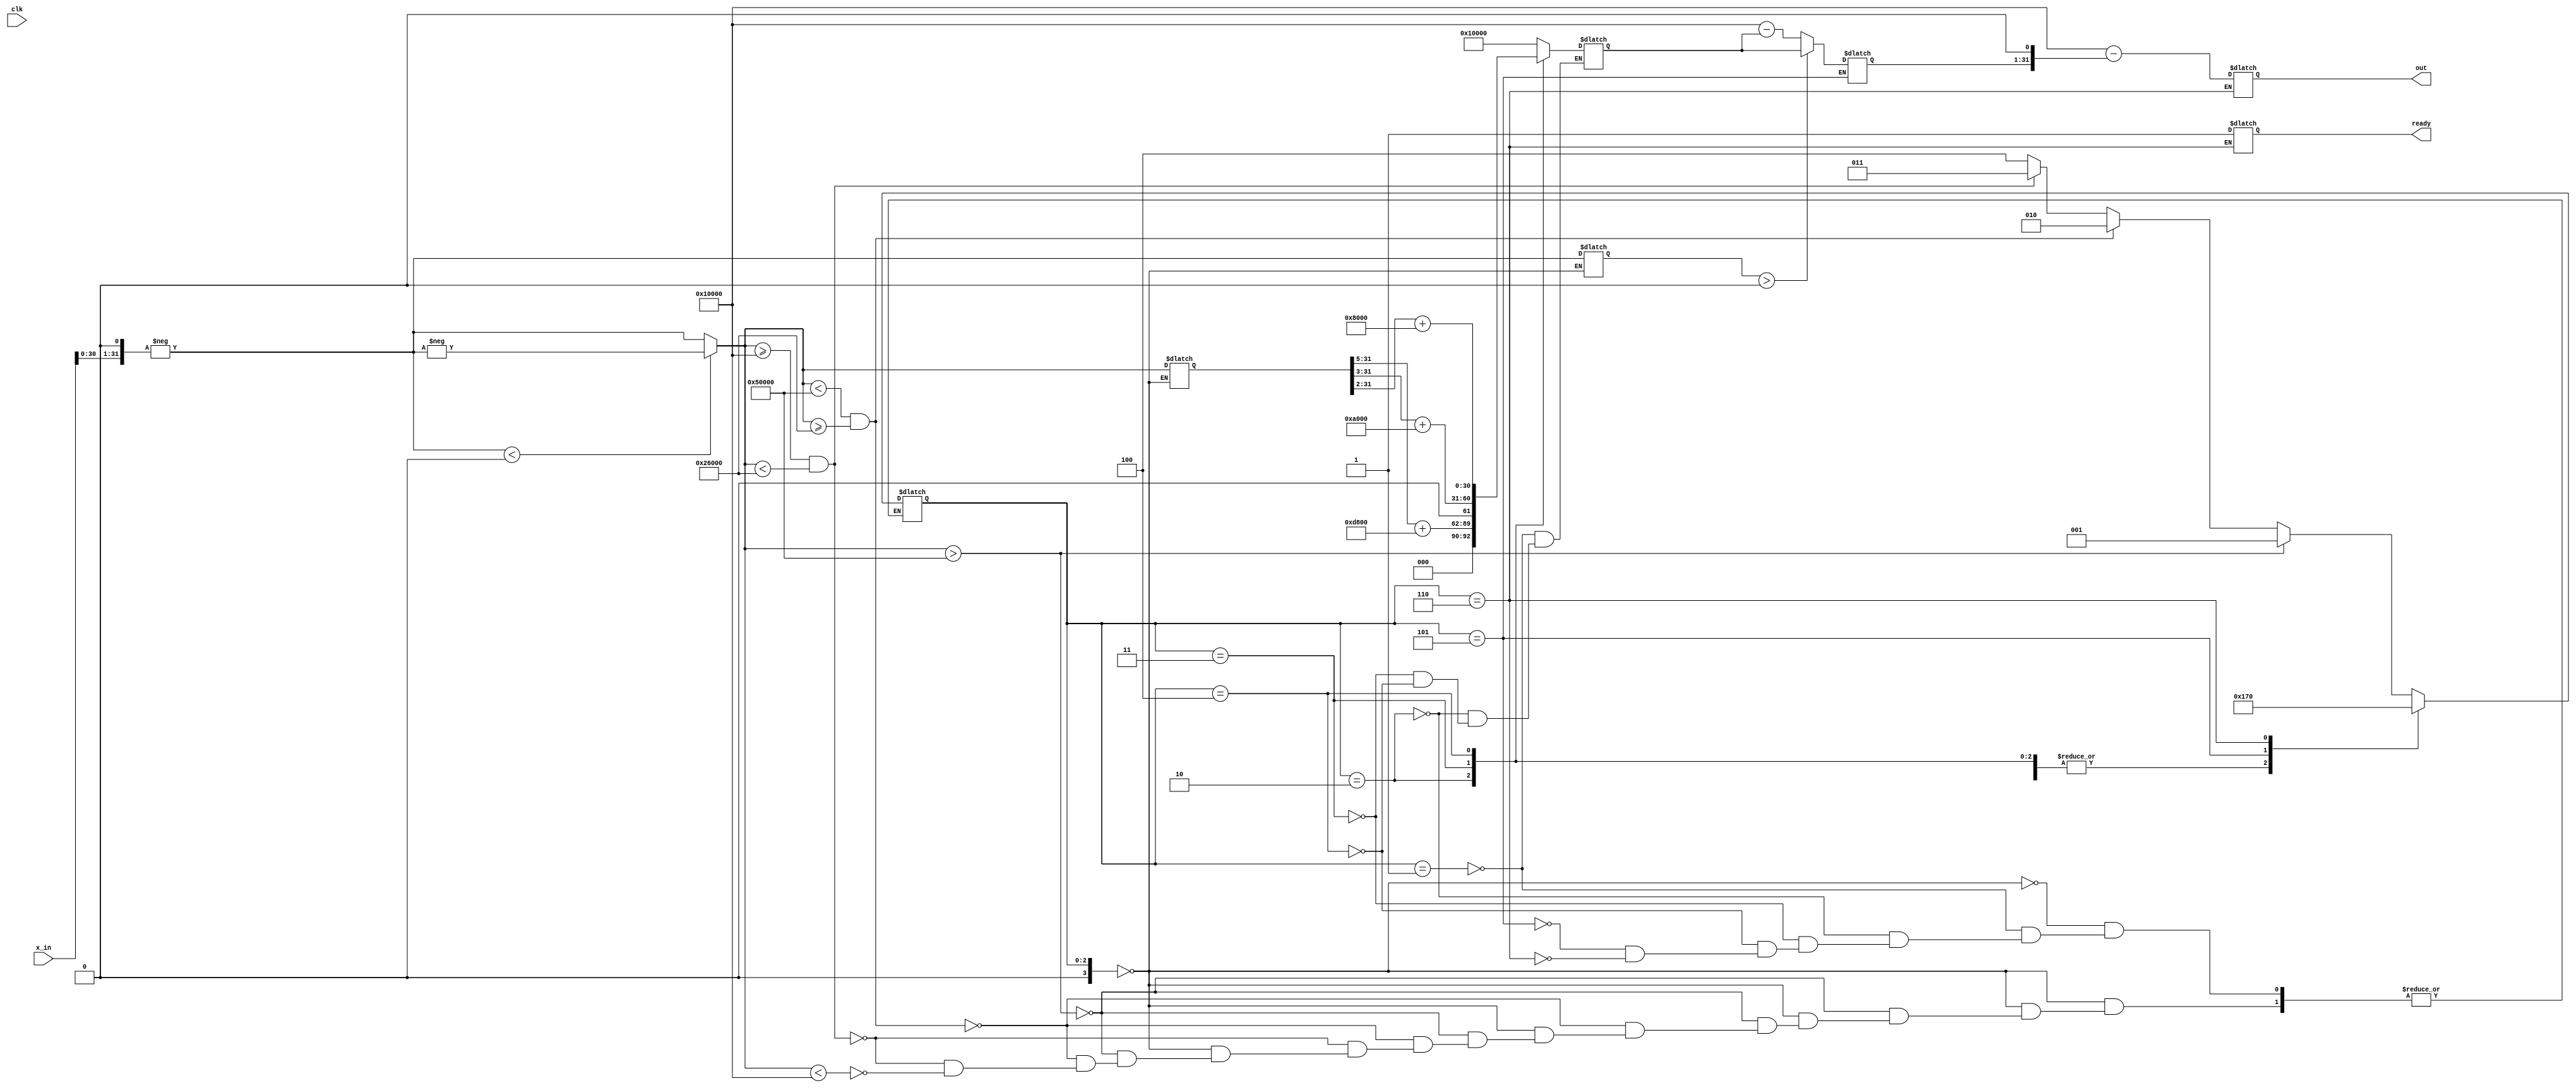
/*
 * Copyright (c) 2022, SPAR-Internal
 * All rights reserved.
 * 
 * Permission is hereby granted, free of charge, to any person obtaining a copy of
 * this software and associated documentation files (the "Software"), to deal in
 * the Software without restriction, including without limitation the rights to
 * use, copy, modify, merge, publish, distribute, sublicense, and/or sell copies
 * of the Software, and to permit persons to whom the Software is furnished to do
 * so, subject to the following conditions:
 * 
 * The above copyright notice and this permission notice shall be included in all
 * copies or substantial portions of the Software.
 * 
 * THE SOFTWARE IS PROVIDED "AS IS", WITHOUT WARRANTY OF ANY KIND, EXPRESS OR
 * IMPLIED, INCLUDING BUT NOT LIMITED TO THE WARRANTIES OF MERCHANTABILITY,
 * FITNESS FOR A PARTICULAR PURPOSE AND NONINFRINGEMENT. IN NO EVENT SHALL THE
 * AUTHORS OR COPYRIGHT HOLDERS BE LIABLE FOR ANY CLAIM, DAMAGES OR OTHER
 * LIABILITY, WHETHER IN AN ACTION OF CONTRACT, TORT OR OTHERWISE, ARISING FROM,
 * OUT OF OR IN CONNECTION WITH THE SOFTWARE OR THE USE OR OTHER DEALINGS IN THE
 * SOFTWARE.
 *
 */


`timescale 1ns / 1ps

module Tanh_PLAN
    #(parameter N = 32)
    (input clk,
    input [N-1:0] x_in,
    output reg [N-1:0] out,
	output reg ready
    );
    
parameter [N/2-1:0] z16 = 0; //16 zeros
parameter [N/2-2:0] z15 = 0; //15 zeros
parameter [N/2-3:0] z14 = 0; //14 zeros
parameter [N/2-4:0] z13 = 0; //13 zeros
parameter [N/2-6:0] z11 = 0; //11 zeros


    reg [N-1:0] x, shif_x, out_tmp, sig_out, two_sig_out, neg_two_sig_out;
    reg [N-1:0] abs_x;
    reg [3:0] state = 4'b0;
    
    always @(clk, x)
    begin
        case(state)
        4'b0000:
        begin
            x = x_in << 1;
            x = -x;
            if ($signed(x) < 0) abs_x = -x;
            else abs_x = x;
            if(abs_x > {z13, 3'b101, z16}) // |x| > 5
            begin
                state = 4'b0001;
            end
            else if(abs_x < {z13, 3'b101, z16} &&  abs_x >= {z14,5'b10011,z13}) // 2.375 =< |x| < 5
            begin
                state = 4'b0010;
            end
            else if(abs_x >= {z15, 1'b1, z16} &&  abs_x < {z14,5'b10011,z13}) // 1 =< |x| < 2.375
            begin
                state = 4'b0011;
            end
            else if(abs_x < {z15, 1'b1, z16}) // 0=< |x| < 1
            begin
                state = 4'b0100;
            end
        end //case 0000
        4'b0001:
        begin
            // 1
            out_tmp[N-1:0] = {z15, 1'b1, z16};
            state = 4'b0101;
        end //case 0001
        4'b0010:
        begin
            //0.03125 * |x| + 0.84375
            shif_x = abs_x >> 5;
            out_tmp = shif_x + {z16,5'b11011,z11};
            //add(shif_x, {z16,'b11011,z11}, out_tmp); 
            state = 4'b0101;
        end //case 0010
        4'b0011:
        begin
            //0.125 * |x| + 0.625
            shif_x = abs_x >> 3;
            out_tmp = shif_x + {z16,3'b101,z13};
            //add(shif_x, {z16,'b101,z13}, out_tmp);
            state = 4'b0101; 
        end //case 0011
        4'b0100:
        begin
             // 0.25 * |x| + 0.5
            shif_x = abs_x >> 2;
            out_tmp = shif_x + {z16,1'b1,z15};
            //add(shif_x, {z16,'b1,z15}, out_tmp); 
            state = 4'b0101; 
        end //case 0100
        4'b0101:
        begin
            if ($signed(x) > 0) sig_out = out_tmp;
            else sig_out = {z15, 1'b1, z16} - out_tmp; //1 - sig(x)
            state = 4'b0110;
        end //case 0101
        4'b0110:
        begin
             two_sig_out = sig_out << 1; //2 * sig(-2x)
            //neg_two_sig_out = -two_sig_out;
            out = {z15, 1'b1, z16} - two_sig_out;
            //sub({z15, 'b1, z16}, two_sig_out, out);  //1 - 2 * sig(-2x)
			ready = 1'b1;
			state = 4'b0000;
        end //case 0110
        endcase //case

        //5 in 8 bits b1010000
        //1 in 8 bits b00010000
        //2.37 in 8 bits b0100110
        //0.84375 in 8 bits b00001101
        //0.625 in 8 bits b00001010
        //0.25 in 8 bits b00000100
    end //always
endmodule